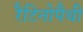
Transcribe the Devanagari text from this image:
रैटिनोपैथी